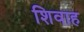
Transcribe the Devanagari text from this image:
शिवाह